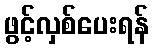
ဖွင့်လှစ်ပေးရန်